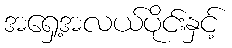
အရှေ့အလယ်ပိုင်းနှင့်